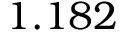
1 . 1 8 2